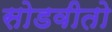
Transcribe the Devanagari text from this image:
सोडवीतो